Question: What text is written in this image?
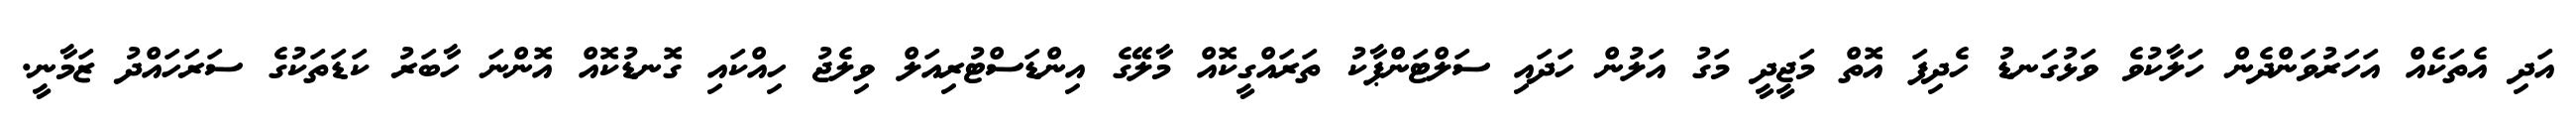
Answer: އަދި އެތަކެއް އަހަރުވަންދެން ހަލާކުވެ ވަޅުގަނޑު ހެދިފަ އޮތް މަޖީދީ މަގު އަލުން ހަދައި ސަލްޓަންޕާކު ތަރައްގީކޮއް މާލޭގެ އިންޑަސްޓުރިއަލް ވިލެޖު ހިއްކައި ގޮނޑުކޮއް އޮންނަ ހާބަރު ކަޑަތަކުގެ ސަރަހައްދު ޒަމާނީ.